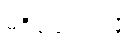
မရှိသေးသလို